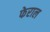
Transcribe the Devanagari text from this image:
फेराल